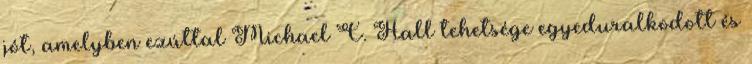
jót, amelyben ezúttal Michael C. Hall tehetsége egyeduralkodott és